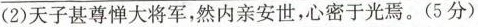
(2)天子甚尊惮大将军，然内亲安世，心密于光焉。(5分)